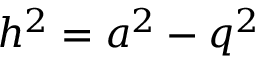
h ^ { 2 } = a ^ { 2 } - q ^ { 2 }